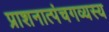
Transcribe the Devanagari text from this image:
प्राशनात्पंचगव्यस्य